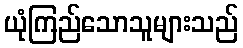
ယုံကြည်သောသူများသည်